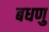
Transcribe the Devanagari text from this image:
बधणु